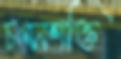
চলনশক্তি